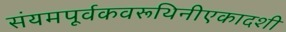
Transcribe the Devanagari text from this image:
संयमपूर्वकवरूथिनीएकादशी